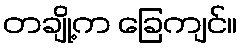
တချို့က ခြေကျင်။